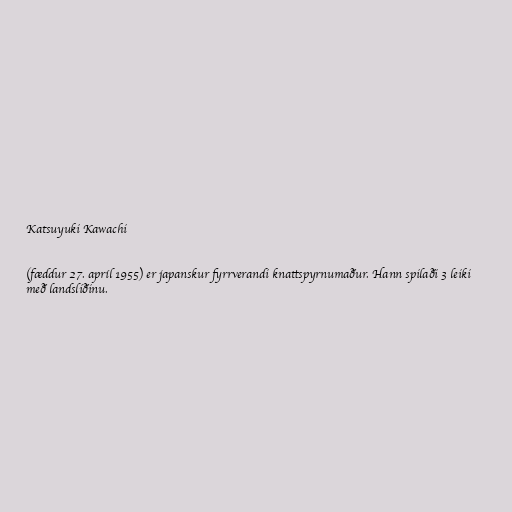
Katsuyuki Kawachi

(fæddur 27. apríl 1955) er japanskur fyrrverandi knattspyrnumaður. Hann spilaði 3 leiki
með landsliðinu.